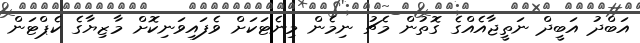
އަބްދު އަބީދް ނަތީޖާއެއްގެ ގޮތުން މެޗު ނިމެން މިނެޓަކަށް ވެފައިވަނިކޮށް މާޒިޔާގެ ކެޕްޓަން